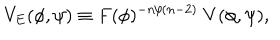
V _ { E } ( \phi , \psi ) \equiv F ( \phi ) ^ { - n / ( n - 2 ) } \; V ( \phi , \psi ) ,